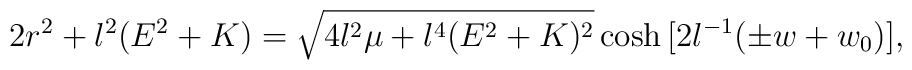
2 r^2 + l^2(E^2+K) = \sqrt{4l^2\mu+l^4(E^2+K)^2}	\cosh{[2l^{-1}(\pm w+w_0)]},